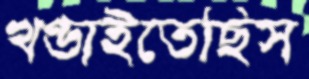
খণ্ডাইতেছিস